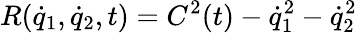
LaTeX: R({\dot{q}}_{1},{\dot{q}}_{2},t)=C^{2}(t)-{\dot{q}_{1}^{2}-{\dot{q}}_{2}^{2}}